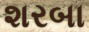
શરબા